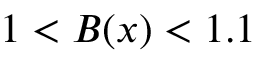
1 < B ( x ) < 1 . 1